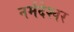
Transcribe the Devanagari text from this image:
नर्मदेश्‍वर